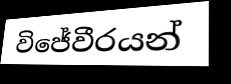
විජේවීරයන්